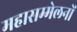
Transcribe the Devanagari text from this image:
महासम्मेलनों